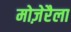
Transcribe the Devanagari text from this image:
मोज़ेरैला